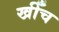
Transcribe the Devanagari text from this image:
खीँच